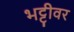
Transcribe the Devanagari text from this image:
भट्टीवर